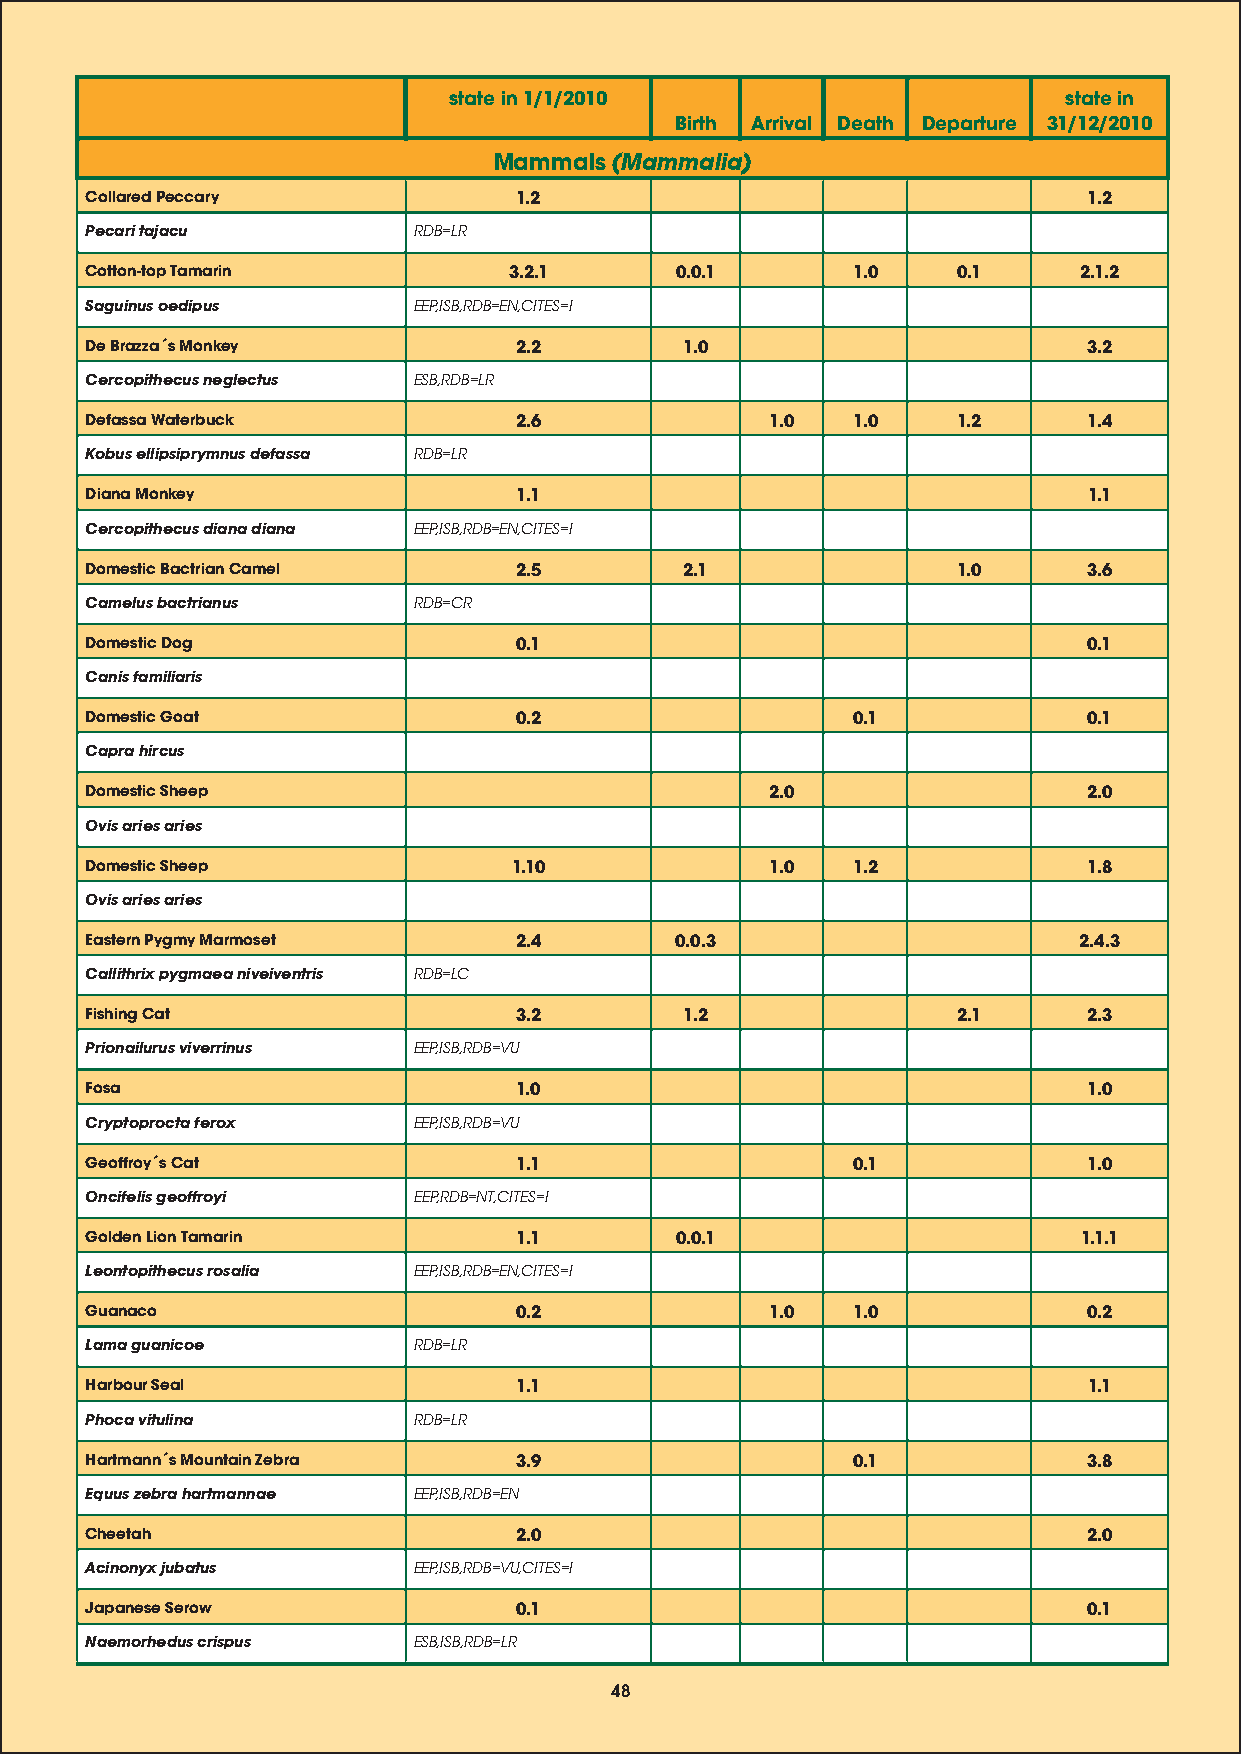
state in 1/1/2010                       state in
 Birth Arrival Death Departure 31/12/2010
 Mammals (Mammalia)
 Collared Peccary            1.2                                   1.2
 Pecari tajacu        RDB=LR
 Cotton-top Tamarin          3.2.1      0.0.1      1.0    0.1     2.1.2
 Saguinus oedipus     EEP,ISB,RDB=EN,CITES=I
 De Brazza´s Monkey          2.2        1.0                        3.2
 Cercopithecus neglectus ESB,RDB=LR
 Defassa Waterbuck           2.6              1.0  1.0    1.2      1.4
 Kobus ellipsiprymnus defassa RDB=LR
 Diana Monkey                1.1                                   1.1
 Cercopithecus diana diana EEP,ISB,RDB=EN,CITES=I
 Domestic Bactrian Camel     2.5        2.1               1.0      3.6
 Camelus bactrianus   RDB=CR
 Domestic Dog                0.1                                   0.1
 Canis familiaris
 Domestic Goat               0.2                   0.1             0.1
 Capra hircus
 Domestic Sheep                               2.0                  2.0
 Ovis aries aries
 Domestic Sheep              1.10             1.0  1.2             1.8
 Ovis aries aries
 Eastern Pygmy Marmoset      2.4        0.0.3                     2.4.3
 Callithrix pygmaea niveiventris RDB=LC
 Fishing Cat                 3.2        1.2               2.1      2.3
 Prionailurus viverrinus EEP,ISB,RDB=VU
 Fosa                        1.0                                   1.0
 Cryptoprocta ferox   EEP,ISB,RDB=VU
 Geoffroy´s Cat              1.1                   0.1             1.0
 Oncifelis geoffroyi  EEP,RDB=NT,CITES=I
 Golden Lion Tamarin         1.1        0.0.1                      1.1.1
 Leontopithecus rosalia EEP,ISB,RDB=EN,CITES=I
 Guanaco                     0.2              1.0  1.0             0.2
 Lama guanicoe        RDB=LR
 Harbour Seal                1.1                                   1.1
 Phoca vitulina       RDB=LR
 Hartmann´s Mountain Zebra   3.9                   0.1             3.8
 Equus zebra hartmannae EEP,ISB,RDB=EN
 Cheetah                     2.0                                   2.0
 Acinonyx jubatus     EEP,ISB,RDB=VU,CITES=I
 Japanese Serow              0.1                                   0.1
 Naemorhedus crispus  ESB,ISB,RDB=LR
 48